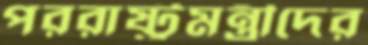
পররাষ্ট্রমন্ত্রীদের